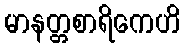
မာနတ္တစာရိကေဟိ